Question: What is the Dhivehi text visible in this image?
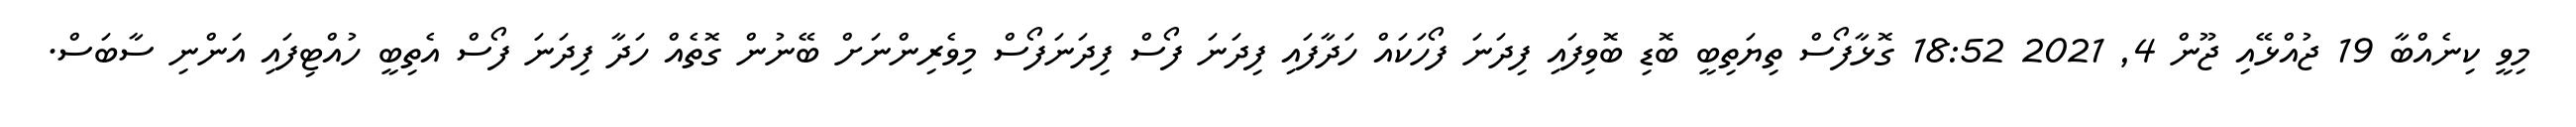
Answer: މިވީ ކިނެއްބާ 19 ޖުއްޅޭއި ޖޫން 4, 2021 18:52 ގޮޅާފޯސް ތިޔަތިބީ ބޮޑި ބޮވިފައި ފިދަނަ ފޯހަކައް ހަދާފައި ފިދަނަ ފޯސް ފިދަނަފޯސް މިވެރިންނަށް ބޭނުން ގޮތެއް ހަދާ ފިދަނަ ފޯސް އެތިބީ ހުއްޓިފައި އަންނި ސާބަސް.